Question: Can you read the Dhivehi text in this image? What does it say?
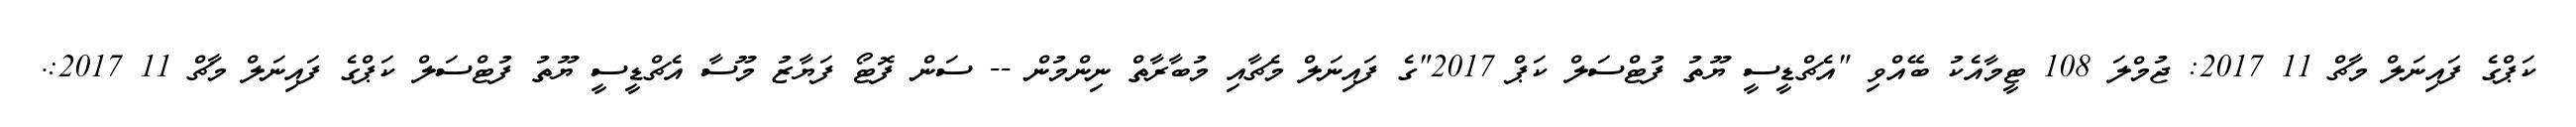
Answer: ކަޕްގެ ފައިނަލް މާޗް 11 2017: ޖުމްލަ 108 ޓީމާއެކު ބޭއްވި "އެޗްޑީސީ ޔޫތު ފުޓްސަލް ކަޕް 2017"ގެ ފައިނަލް މެޗާއި މުބާރާތް ނިންމުން -- ސަން ފޮޓޯ ފަޔާޒު މޫސާ އެޗްޑީސީ ޔޫތު ފުޓްސަލް ކަޕްގެ ފައިނަލް މާޗް 11 2017:.